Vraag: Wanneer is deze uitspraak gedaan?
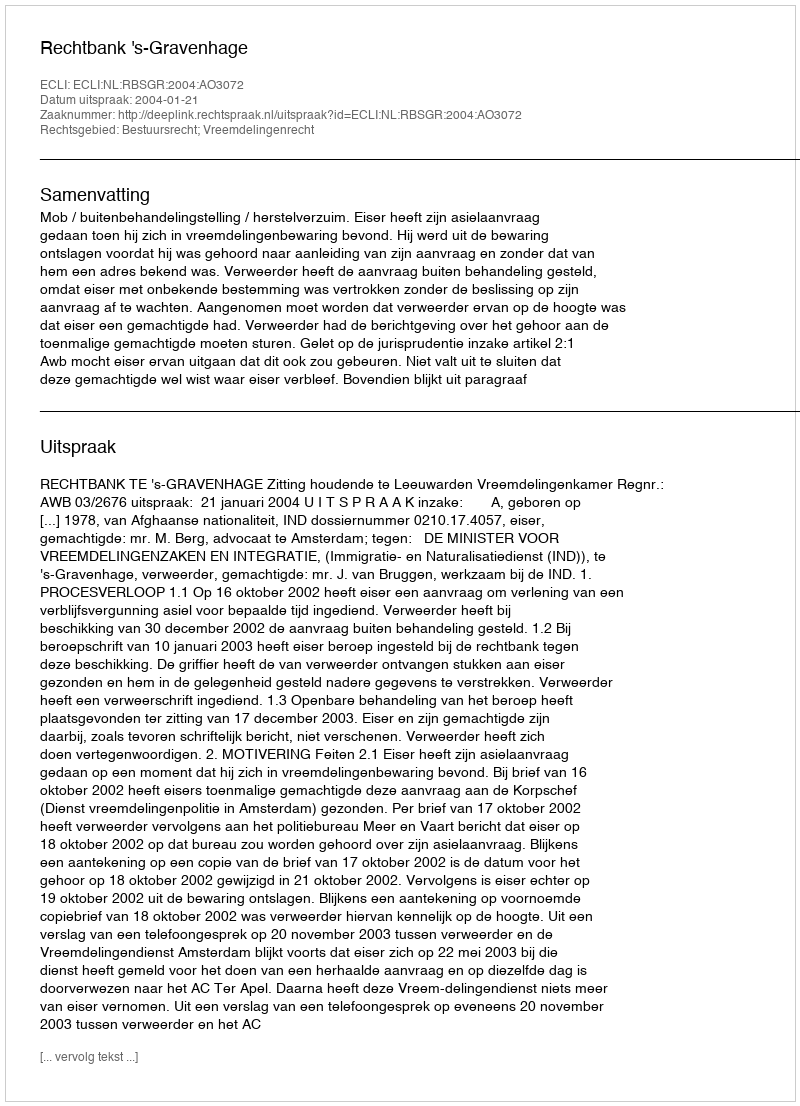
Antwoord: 2004-01-21